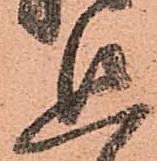
追